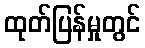
ထုတ်ပြန်မှုတွင်